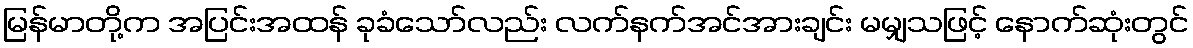
မြန်မာတို့က အပြင်းအထန် ခုခံသော်လည်း လက်နက်အင်အားချင်း မမျှသဖြင့် နောက်ဆုံးတွင်